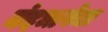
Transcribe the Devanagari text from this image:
नंदभाषेचा